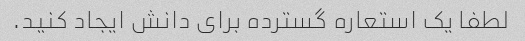
لطفا یک استعاره گسترده برای دانش ایجاد کنید.